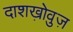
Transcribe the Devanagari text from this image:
दाशख़ोवुज़